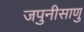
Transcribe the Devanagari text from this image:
जपुनीसाणु